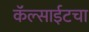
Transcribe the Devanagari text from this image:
कॅल्साईटचा